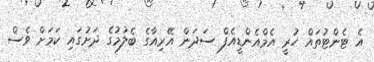
އެ ޓެންޓުތައް ހުރީ އެމްއެންޑީއެފް ސަދަން އޭރިއާގެ ބެލުމުގެ ދަށުގައި ކަމަށް ވެސް